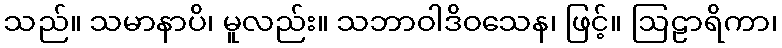
သည်။ သမာနာပိ၊ မူလည်း။ သဘာဝါဒိဝသေန၊ ဖြင့်။ ဩဠာရိကာ၊